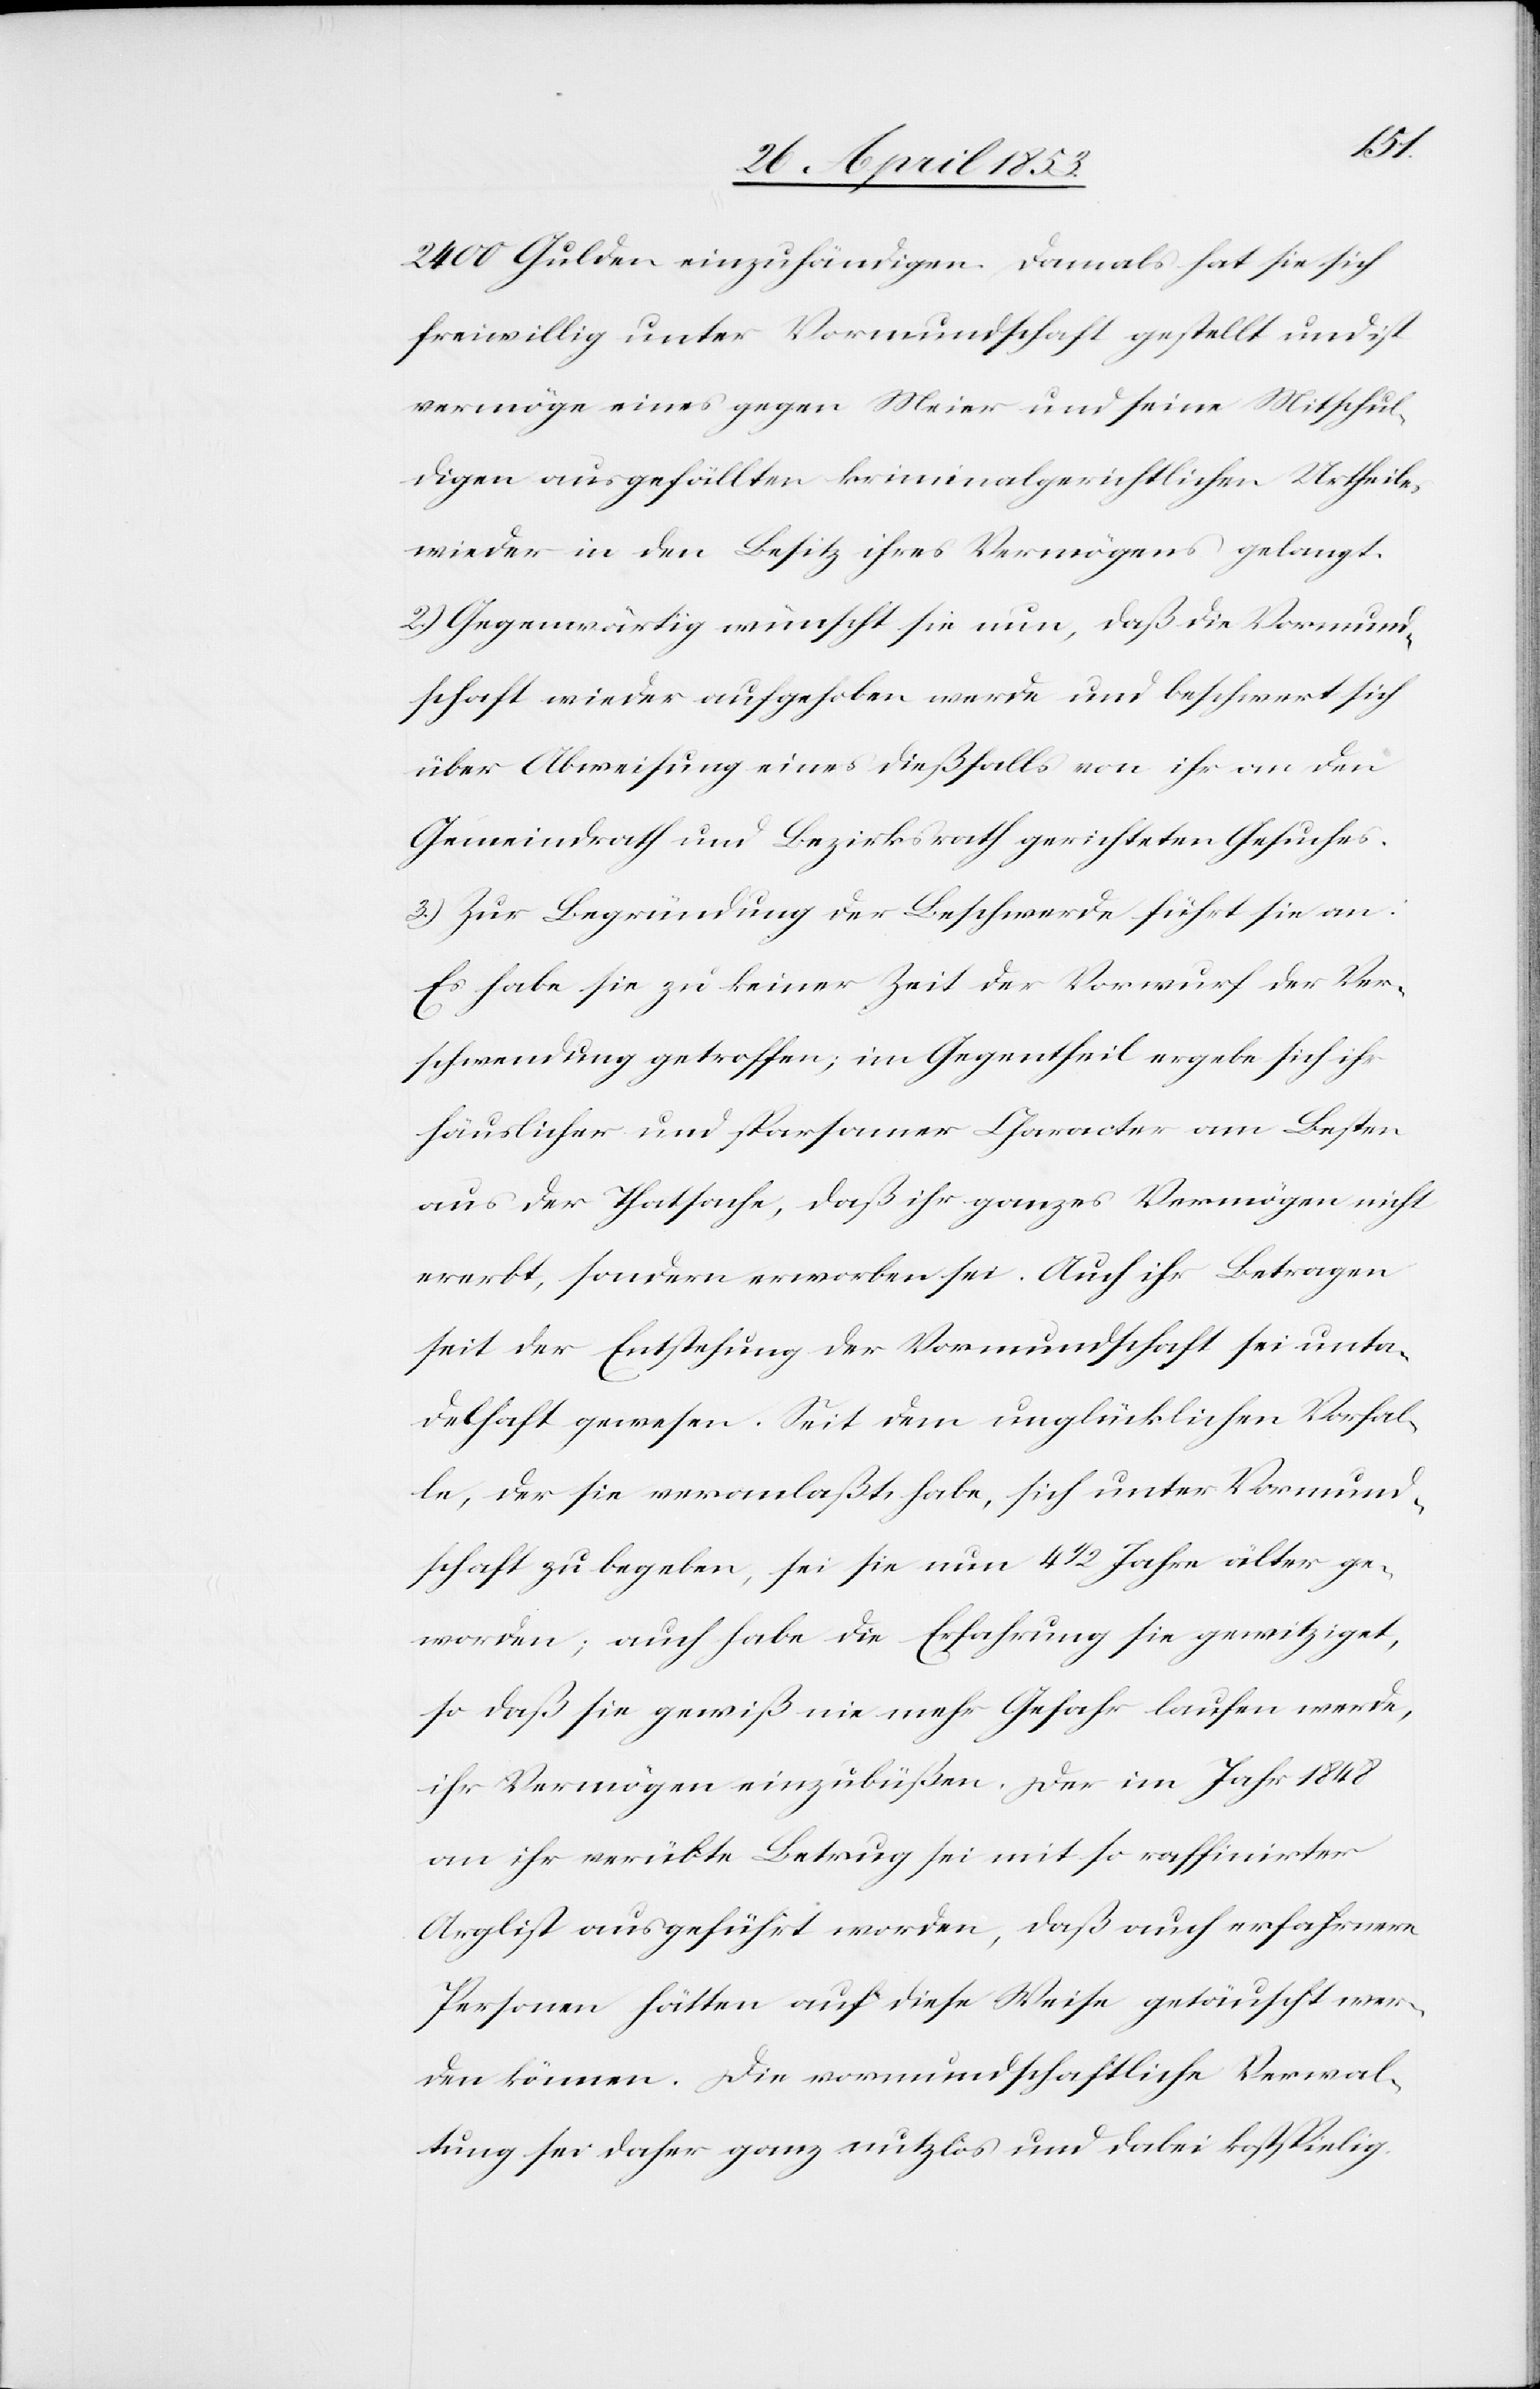
2400 Gulden einzuhändigen, damals hat sie sich
freiwillig unter Vormundschaft gestellt und ist
vermöge eines gegen Meier und seine Mitschul¬
digen ausgefällten kriminalgerichtlichen Urtheils
wieder in den Besitz ihres Vermögens gelangt.
2.) Gegenwärtig wünscht sie nun, daß die Vormund¬
schaft wieder aufgehoben werde und beschwert sich
über Abweisung eines dießfalls von ihr an den
Gemeindrath und Bezirksrath gerichteten Gesuches.
3.) Zur Begründung der Beschwerde führt sie an:
Es habe sie zu keiner Zeit der Vorwurf der Ver¬
schwendung getroffen; im Gegentheil ergebe sich ihr
häuslicher und sparsamer Character am Besten
aus der Thatsache, daß ihr ganzes Vermögen nicht
ererbt, sondern erworben sei. Auch ihr Betragen
seit der Entstehung der Vormundschaft sei unta¬
delhaft gewesen. Seit dem unglücklichen Vorfal¬
le, der sie veranlaßt habe, sich unter Vormund¬
schaft zu begeben, sei sie nun 4 1/2 älter ge¬
worden; auch habe die Erfahrung sie gewitziget,
so daß sie gewiß nie mehr Gefahr laufen werde,
ihr Vermögen einzubüßen. Der im Jahr 1848
an ihr verübte Betrug sei mit so raffinirter
Arglist ausgeführt worden, daß auch erfahrnere
Personen hätten auf diese Weise getäuscht wer¬
den können. Die vormundschaftliche Verwal¬
tung sei daher ganz nutzlos und dabei kostspielig